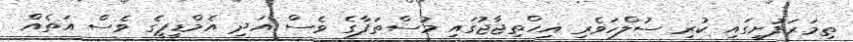
ތިމަރަފުށީގައި ކުރި ސުލްހަވެރި އިހްތިޖާޖުގައި މުސްތަފާގެ ވެސް އަދި އެމްޑީޕީގެ ވެސް އަތެއް